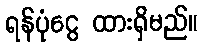
ရန်ပုံငွေ ထားရှိမည်။